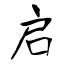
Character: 启